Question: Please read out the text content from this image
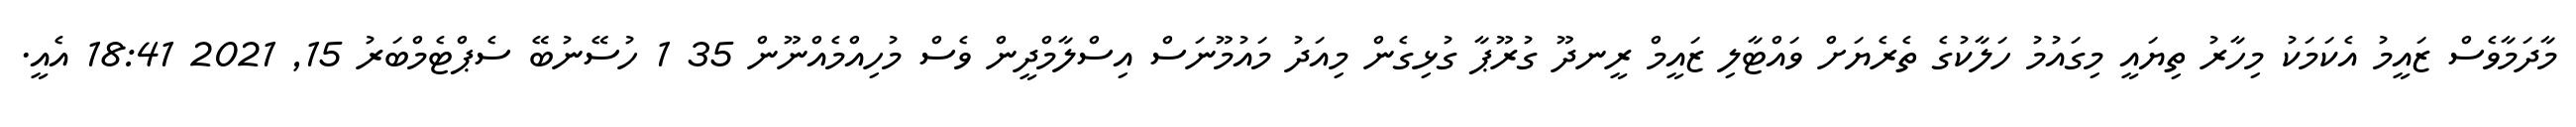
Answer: މާދަމާވެސް ޒައީމު އެކަމަކު މިހާރު ތިޔައީ މިގައުމު ހަލާކުގެ ތެރެޔަށް ވައްޓާލި ޒައީމް ރީނދޫ ގުރޫޕާ ގުޅިގެން މިއަދު މައުމޫނަސް އިސްލާމްދީން ވެސް މުހިއްމެއްނޫން 35 1 ހުސޭނުބޭ ސެޕްޓެމްބަރު 15, 2021 18:41 އެއީ.